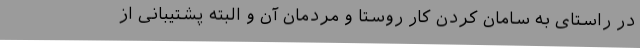
در راستای به سامان کردن کار روستا و مردمان آن و البته پشتیبانی از